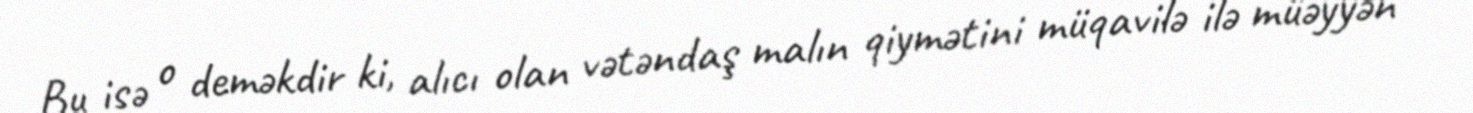
Bu isə o deməkdir ki, alıcı olan vətəndaş malın qiymətini müqavilə ilə müəyyən